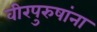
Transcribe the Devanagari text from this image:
वीरपुरुषांना